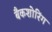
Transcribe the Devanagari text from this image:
बैकशोरिंग